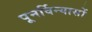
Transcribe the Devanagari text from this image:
पूनर्विन्यासों